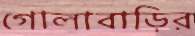
গোলাবাড়ির